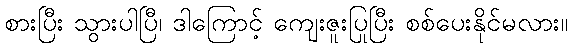
စားပြီး သွားပါပြီ၊ ဒါကြောင့် ကျေးဇူးပြုပြီး စစ်ပေးနိုင်မလား။